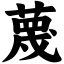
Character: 蔑